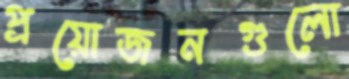
প্রয়োজনগুলো